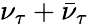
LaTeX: \nu_{\tau}+\bar{\nu}_{\tau}